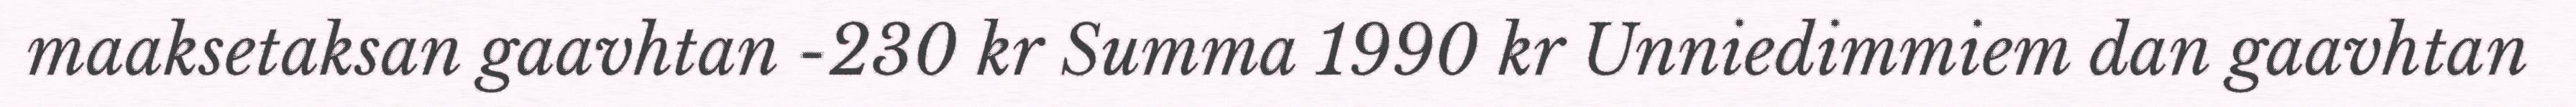
maaksetaksan gaavhtan -230 kr Summa 1990 kr Unniedimmiem dan gaavhtan